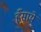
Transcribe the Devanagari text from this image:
हँसाये